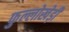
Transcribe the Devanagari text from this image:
फुल्लोखेड़ी